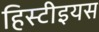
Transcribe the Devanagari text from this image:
हिस्टीइयस